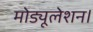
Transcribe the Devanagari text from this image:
मोड्यूलेशन।